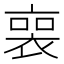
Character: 𧚾